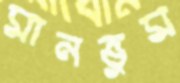
মানভুম